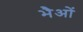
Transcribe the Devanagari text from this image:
भैओं